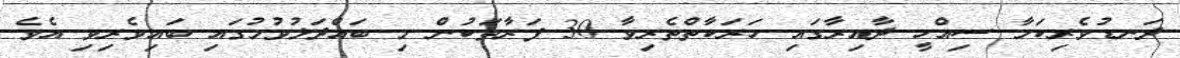
ދަނޑުވެރިކަމާ ސިއްހީ ދާއިރާގައި ހަރަކާތްތެރިވާ 30 ފަރާތަކުން މި ބައްދަލުވުމުގައި ބައިވެރިވި އެވެ.